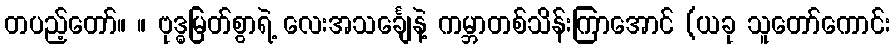
တပည့်တော်။ ။ ဗုဒ္ဓမြတ်စွာရဲ့ လေးအသင်္ချေနဲ့ ကမ္ဘာတစ်သိန်းကြာအောင် (ယခု သူတော်ကောင်း